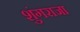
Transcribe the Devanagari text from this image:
शुंगराजा